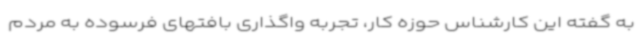
به گفته این کارشناس حوزه کار، تجربه واگذاری بافتهای فرسوده به مردم